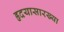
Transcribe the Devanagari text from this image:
हृदयासारख्या